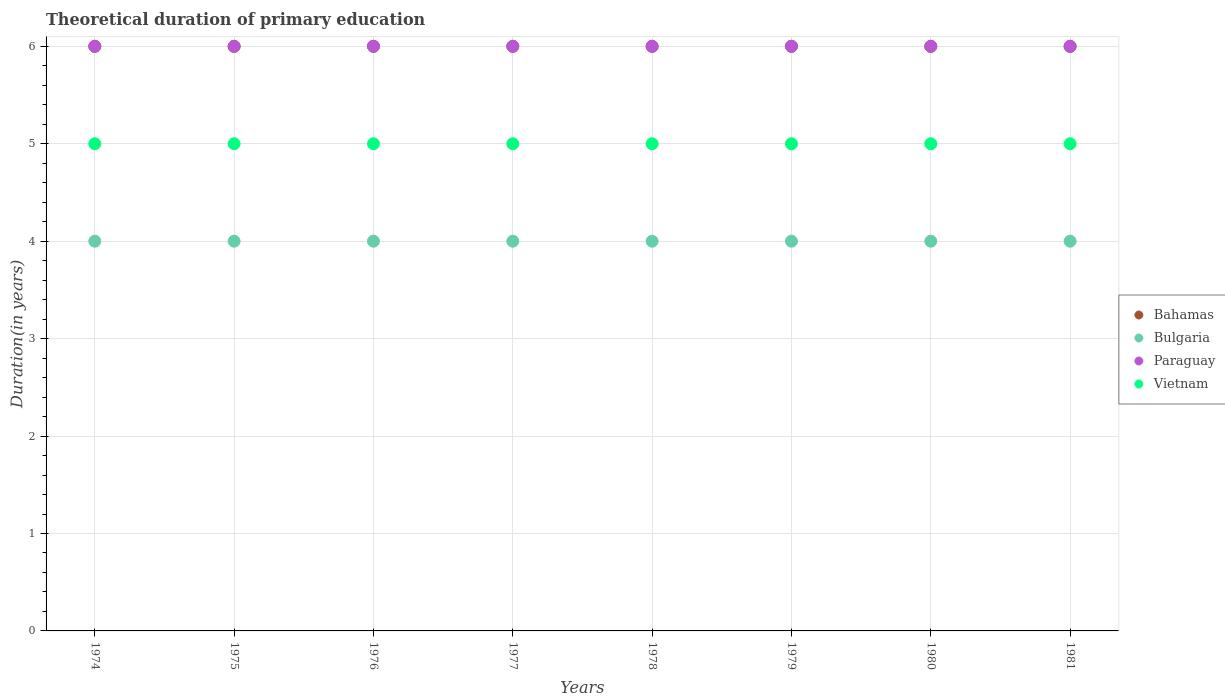
| Years | Bahamas | Bulgaria | Paraguay | Vietnam |
 | --- | --- | --- | --- | --- |
 | 1974 | 6 | 4 | 6 | 5 |
 | 1975 | 6 | 4 | 6 | 5 |
 | 1976 | 6 | 4 | 6 | 5 |
 | 1977 | 6 | 4 | 6 | 5 |
 | 1978 | 6 | 4 | 6 | 5 |
 | 1979 | 6 | 4 | 6 | 5 |
 | 1980 | 6 | 4 | 6 | 5 |
 | 1981 | 6 | 4 | 6 | 5 |